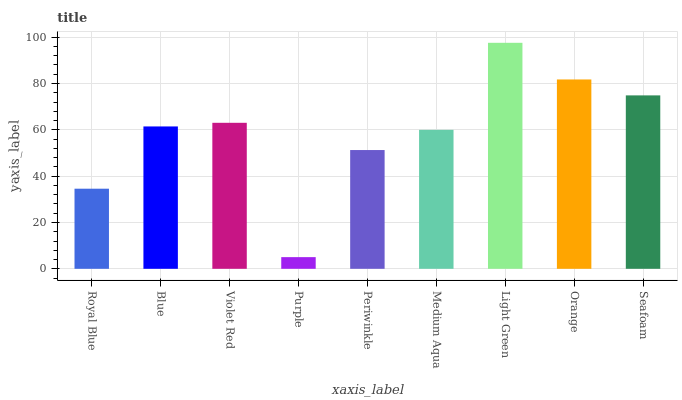
| xaxis_label | bars |
 | --- | --- |
 | Royal Blue | 34.6 |
 | Blue | 61.5 |
 | Violet Red | 63 |
 | Purple | 5.04 |
 | Periwinkle | 51.3 |
 | Medium Aqua | 60 |
 | Light Green | 97.6 |
 | Orange | 81.7 |
 | Seafoam | 74.9 |